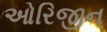
ઓરિજીન